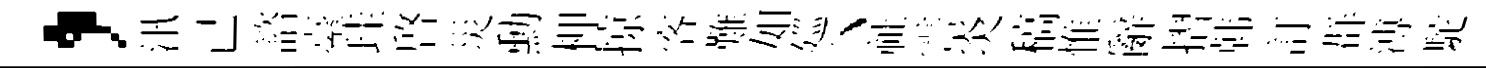
，汛己諮臺珪啓災勳柙掠客難如廵丶祉霅炎稿惟辭摺韩訂群溥駝